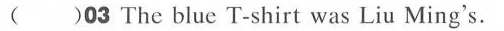
( )O3 The blue T-shirt was Liu Ming's.